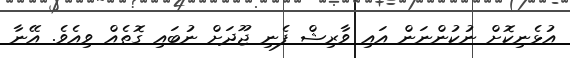
އުޅެނިކޮށް ނުކުންނަން އައި ވާރިޝް ފެނި ޖޫދަށް ނުބައި ގޮތެއް ވިއެވެ. އޭނާ